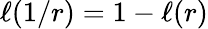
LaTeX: \ell(1/r)=1-\ell(r)